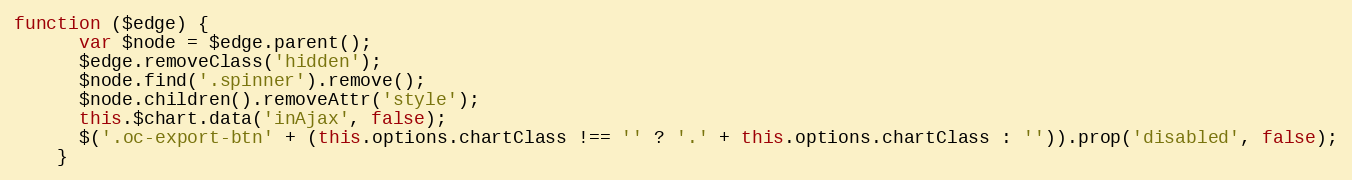
Language: JavaScript
function ($edge) {
      var $node = $edge.parent();
      $edge.removeClass('hidden');
      $node.find('.spinner').remove();
      $node.children().removeAttr('style');
      this.$chart.data('inAjax', false);
      $('.oc-export-btn' + (this.options.chartClass !== '' ? '.' + this.options.chartClass : '')).prop('disabled', false);
    }